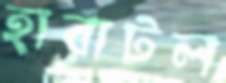
হারাটল